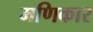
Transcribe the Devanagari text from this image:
मणिकार